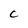
Character: C